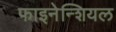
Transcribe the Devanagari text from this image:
फाइनेन्शियल